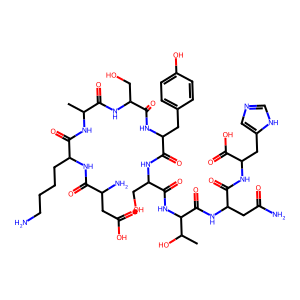
SMILES: CC(NC(=O)C(CCCCN)NC(=O)C(N)CC(=O)O)C(=O)NC(CO)C(=O)NC(Cc1ccc(O)cc1)C(=O)NC(CO)C(=O)NC(C(=O)NC(CC(N)=O)C(=O)NC(Cc1cnc[nH]1)C(=O)O)C(C)O
Inhibits HIV replication: No